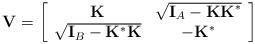
LaTeX: \begin{align*}\mathbf{V}=\left[\begin{array}{cc}\mathbf{K} & \sqrt{\mathbf{I}_{A}-\mathbf{KK}^{\ast }} \\\sqrt{\mathbf{I}_{B}-\mathbf{K}^{\ast }\mathbf{K}} & -\mathbf{K}^{\ast }\end{array}\right] \end{align*}